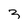
Character: 3